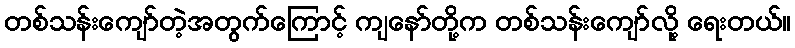
တစ်သန်းကျော်တဲ့အတွက်ကြောင့် ကျနော်တို့က တစ်သန်းကျော်လို့ ရေးတယ်။